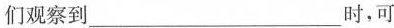
们观察到___时，可